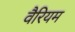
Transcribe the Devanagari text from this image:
वैरियम